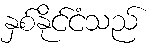
နှစ်နိုင်ငံသည်